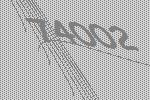
74002